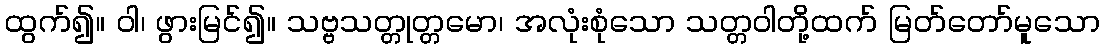
ထွက်၍။ ဝါ၊ ဖွားမြင်၍။ သဗ္ဗသတ္တုတ္တမော၊ အလုံးစုံသော သတ္တဝါတို့ထက် မြတ်တော်မူသော